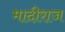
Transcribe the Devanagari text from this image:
मादीराज